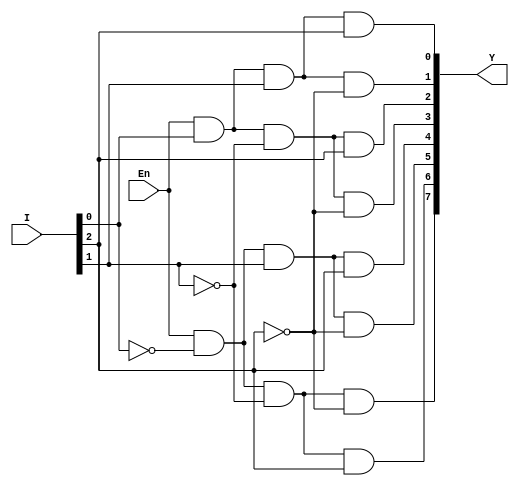
module decode_3_8_df(Y,I,En);
  input [2:0]I;
  input En;
  output [7:0]Y;
  
  assign Y = {En & ~I[0] & ~I[1] & ~I[2],
              En & ~I[0] & ~I[1] & I[2],
              En & ~I[0] & I[1] & ~I[2],
              En & ~I[0] & I[1] & I[2],
              En & I[0] & ~I[1] & ~I[2],
              En & I[0] & ~I[1] & I[2],
              En & I[0] & I[1] & ~I[2],
              En & I[0] & I[1] & I[2]};
endmodule